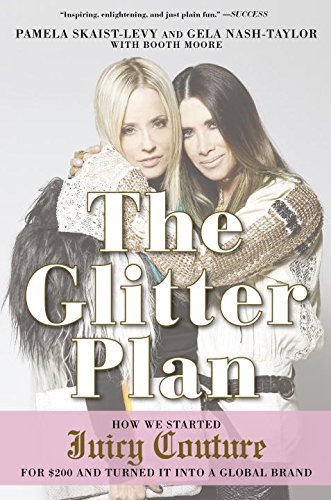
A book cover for The Glitter Plan: How We Started Juicy Couture for $200 and Turned It into a Global Brand; Pamela Skaist-Levy; Arts & Photography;